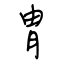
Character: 胄